Civil Veterinary Dept. North-West Frontier Province 1901-22 - 1901-1922
Year: 1901
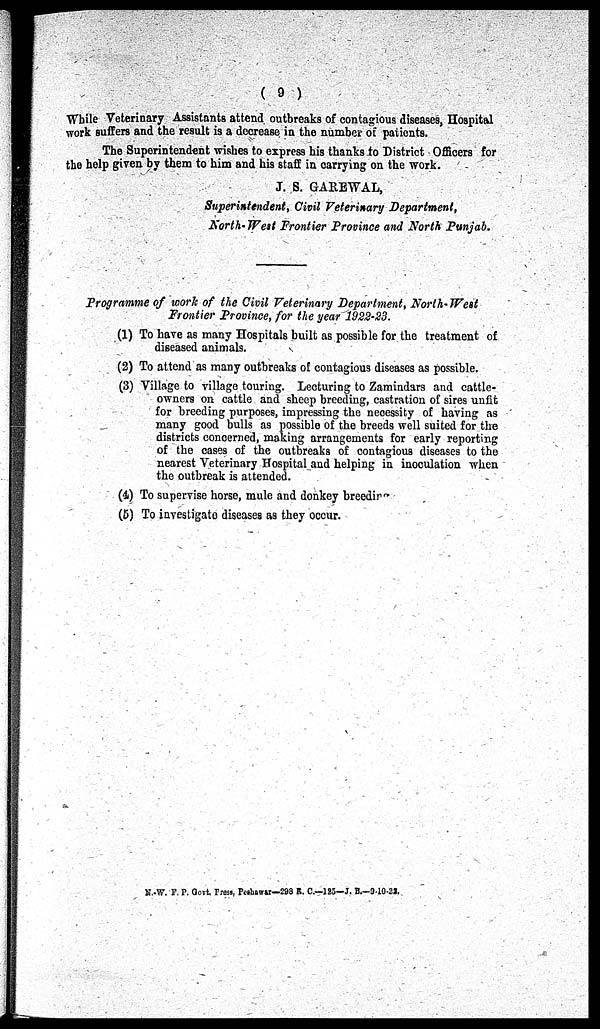
(9)
While Veterinary Assistants attend outbreaks of contagious diseases, Hospital
work suffers and the result is a decrease in the number of patients.
The Superintendent wishes to express his thanks to District Officers for
the help given by them to him and his staff in carrying on the work.
J. S. GAREWAL,
Superintendent, Civil Veterinary Department,
North- West Frontier Province and North Punjab.
Programme of work of the Civil Veterinary Department, North-West
Frontier Province, for the year 1922-23.
(1) To have as many Hospitals built as possible for the treatment of
diseased animals.
(2) To attend as many outbreaks of contagious diseases as possible.
(3) Village to village touring. Lecturing to Zamindars and cattle-
owners on cattle and sheep breeding, castration of sires unfit
for breeding purposes, impressing the necessity of having as
many good bulls as possible of the breeds well suited for the
districts concerned, making arrangements for early reporting
of the cases of the outbreaks of contagious diseases to the
nearest Veterinary Hospital and helping in inoculation when
the outbreak is attended.
(4) To supervise horse, mule and donkey breeding
(5) To investigate diseases as they occur.
N.-W. F. P. Govt. Press, Peshawar—298 R. C.—125—J, E.—3 -10-22.